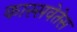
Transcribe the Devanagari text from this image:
कास्सवेतेस